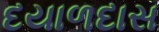
દયાળદાસ